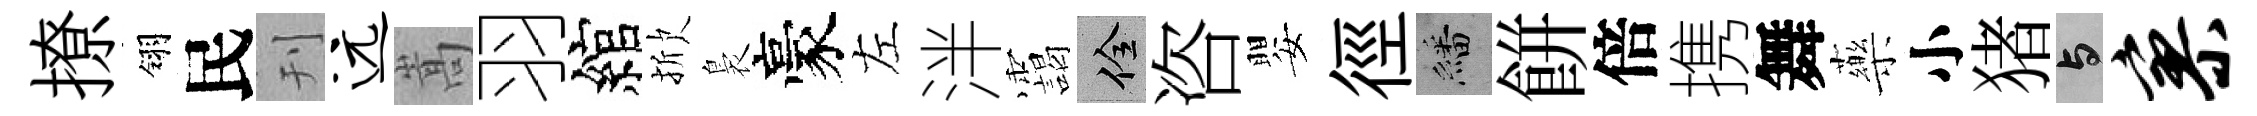
撩翎民刊远嵩羽綰掀裊豪左泮靄佺咨嬰徑繙餅倍携舞藥小猪与寥